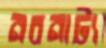
নবনাট্য